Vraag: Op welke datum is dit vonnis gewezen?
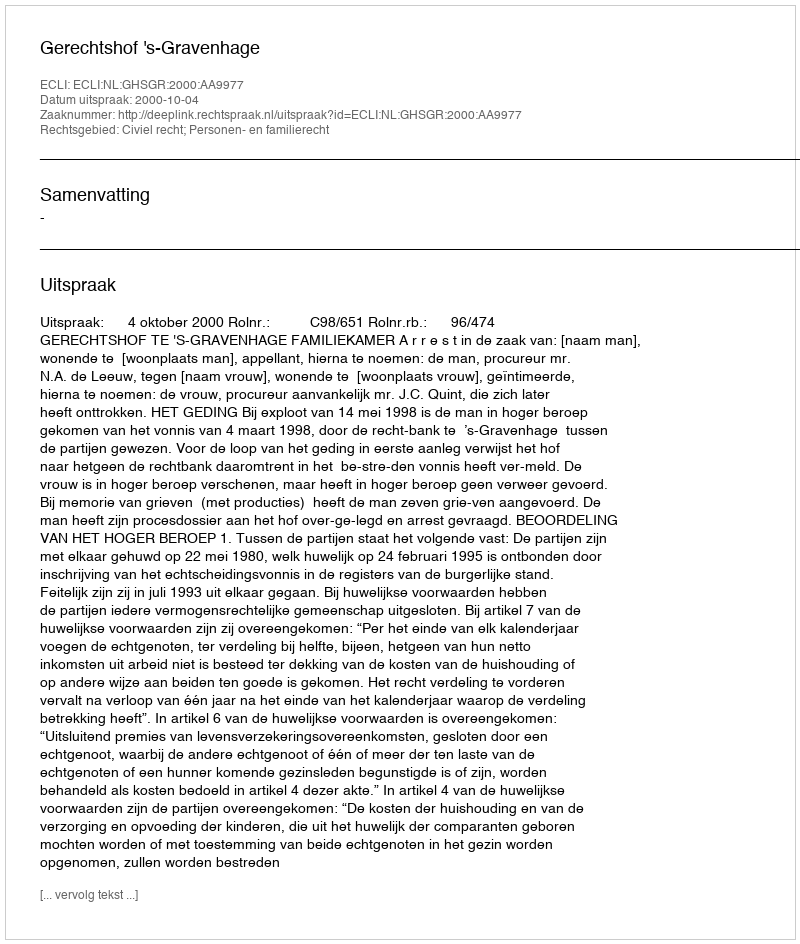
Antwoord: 2000-10-04